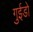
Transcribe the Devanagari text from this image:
गुईडो